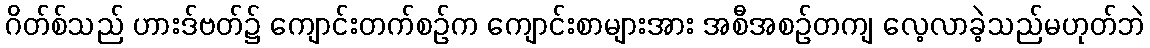
ဂိတ်စ်သည် ဟားဒ်ဗတ်၌ ကျောင်းတက်စဉ်က ကျောင်းစာများအား အစီအစဉ်တကျ လေ့လာခဲ့သည်မဟုတ်ဘဲ